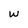
Character: W